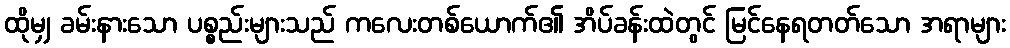
ထိုမျှ ခမ်းနားသော ပစ္စည်းများသည် ကလေးတစ်ယောက်၏ အိပ်ခန်းထဲတွင် မြင်နေရတတ်သော အရာများ